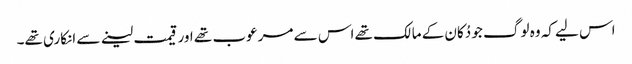
اس لیے کہ وہ لوگ جو دُکان کے مالک تھے اس سے مرعوب تھے اور قیمت لینے سے انکاری تھے۔